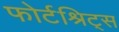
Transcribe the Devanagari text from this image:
फोर्टश्रिट्स